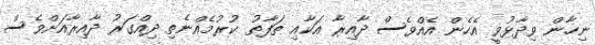
ނިހާން ވިދާޅުވީ އެހެން އެއްވެސް ދާއިރާ އަކާއި ތަފާތު ކުުރުމެއްނެތި ދިއްގަރު ދާއިރާއަށްވެސް